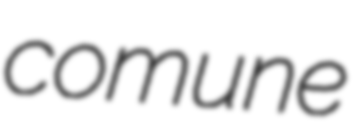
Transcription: comune